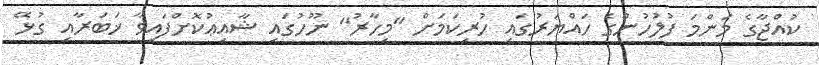
ކުއްޖާގެ މަންމަ ފުލުހުންގެ ހައްޔަރުގައި ހުރިކަމަށް "މިހާރު" ނޫހުގައި ޝާއިޢުކޮށްފައިވާ ޚަބަރާއި ގުޅޭ